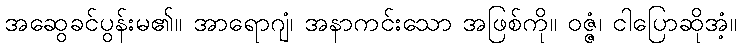
အဆွေခင်ပွန်းမ၏။ အာရောဂျံ၊ အနာကင်းသော အဖြစ်ကို။ ဝဇ္ဇံ၊ ငါပြောဆိုအံ့။